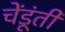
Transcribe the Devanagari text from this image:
चेंडूंती